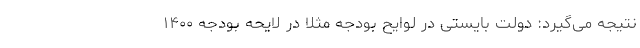
نتیجه می‌گیرد: دولت بایستی در لوایح بودجه مثلاً در لایحه بودجه ۱۴۰۰